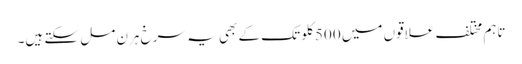
تاہم مختلف علاقوں میں 500 کلو تک کے بھی یہ سرخ ہرن مل سکتے ہیں۔